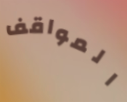
المواقف